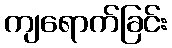
ကျရောက်ခြင်း